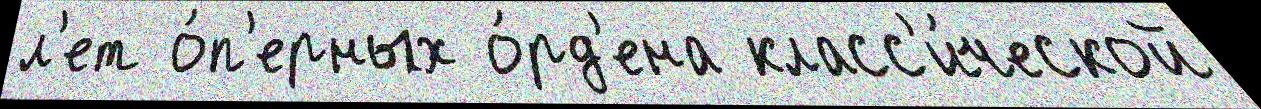
л'ет о́п'ерных о́рд'ена класс'и́ческой